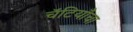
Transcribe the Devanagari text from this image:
चॅटियाँचा